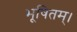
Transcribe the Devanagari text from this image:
भूषितम्।